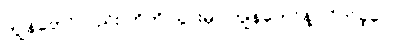
ကျွန်တော်လည်း ဟိုကို သွားမှာ ကျွန်တော်နဲ့ လိုက်ခဲ့လေ။